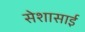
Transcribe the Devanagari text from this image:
सेशासाई